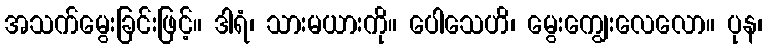
အသက်မွေးခြင်းဖြင့်။ ဒါရံ၊ သားမယားကို။ ပေါသေဟိ၊ မွေးကျွေးလေလော။ ပုန၊